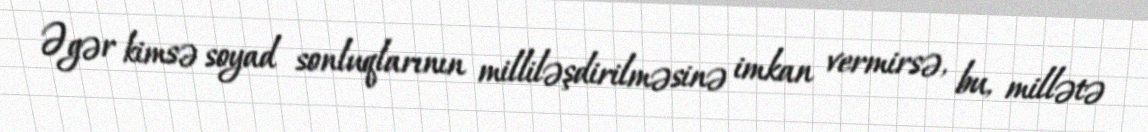
Əgər kimsə soyad sonluqlarının milliləşdirilməsinə imkan vermirsə, bu, millətə